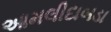
આમલીદાબડા